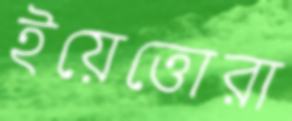
ইয়েত্তোরা